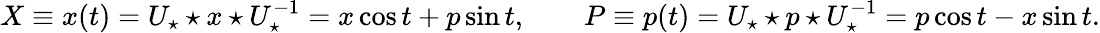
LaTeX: X\equiv x(t)=U_{\star}\star x\star U_{\star}^{-1}=x\cos t+p\sin t,\qquad P\equiv p(t)=U_{\star}\star p\star U_{\star}^{-1}=p\cos t-x\sin t.